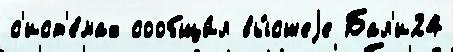
с'ист'е́мах сообщи́л вы́сшеjе Бал'и24